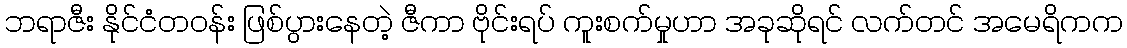
ဘရာဇီး နိုင်ငံတဝန်း ဖြစ်ပွားနေတဲ့ ဇီကာ ဗိုင်းရပ် ကူးစက်မှုဟာ အခုဆိုရင် လက်တင် အမေရိကက